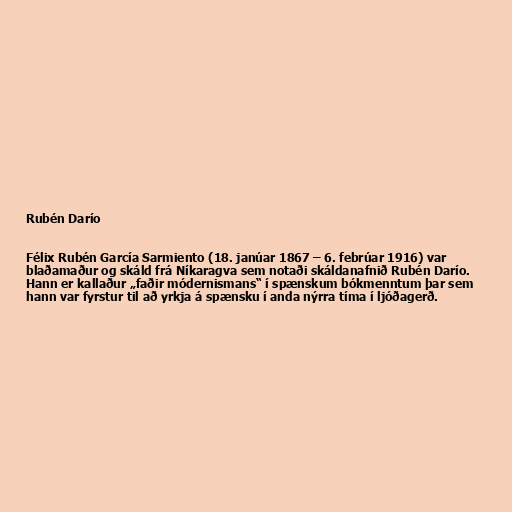
Rubén Darío

Félix Rubén García Sarmiento (18. janúar 1867 – 6. febrúar 1916) var
blaðamaður og skáld frá Níkaragva sem notaði skáldanafnið Rubén Darío.
Hann er kallaður „faðir módernismans“ í spænskum bókmenntum þar sem
hann var fyrstur til að yrkja á spænsku í anda nýrra tíma í ljóðagerð.